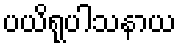
ပယိရုပါသနာယ